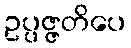
ဥပ္ပဇ္ဇတိပေ